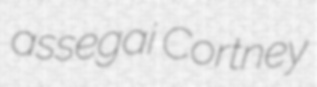
assegai Cortney